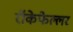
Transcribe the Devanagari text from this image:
रॉकेफेल्लर